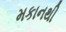
મકાનથી